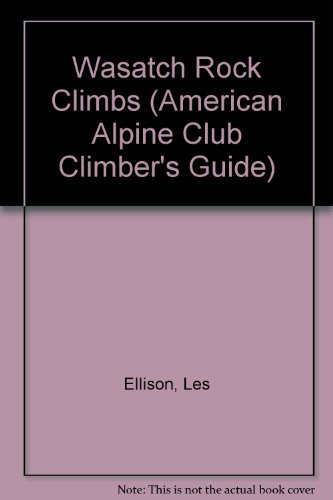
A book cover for Wasatch Rock Climbs (American Alpine Club Climber's Guide); Les Ellison; Sports & Outdoors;